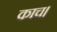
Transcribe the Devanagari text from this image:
काच।